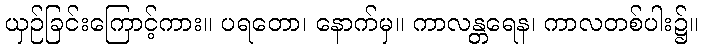
ယှဉ်ခြင်းကြောင့်ကား။ ပရတော၊ နောက်မှ။ ကာလန္တရေန၊ ကာလတစ်ပါး၌။